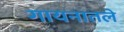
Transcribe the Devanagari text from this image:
गायनातले